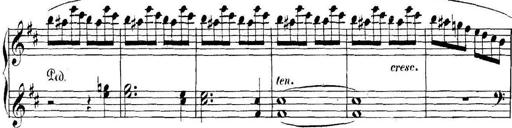
Title: Collected Piano Sonatas
Composer: Muzio Clementi